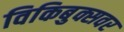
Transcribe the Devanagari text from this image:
विकिबुक्सवर